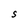
Character: S